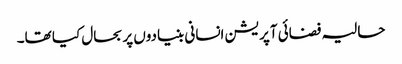
حالیہ فضائی آپریشن انسانی بنیادوں پر بحال کیا تھا۔